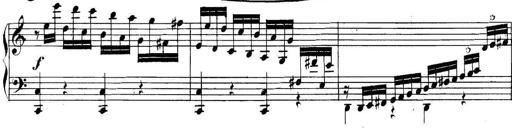
Title: Collected Piano Sonatas
Composer: Muzio Clementi